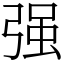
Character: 强